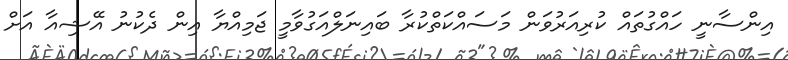
އިންސާނީ ހައްގުތައް ކުރިއަރުވަން މަސައްކަތްކުރާ ބައިނަލްއަގުވާމީ ޖަމިއްޔާ އިން ދެކުނު އޭޝިއާ އަށް